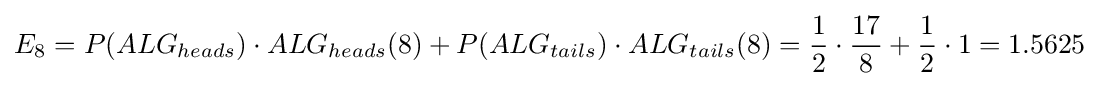
E_{8}=P(ALG_{heads})\cdot ALG_{heads}(8)+P(ALG_{tails})\cdot ALG_{tails}(8)={\frac {1}{2}}\cdot {\frac {17}{8}}+{\frac {1}{2}}\cdot 1=1.5625